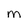
Character: m